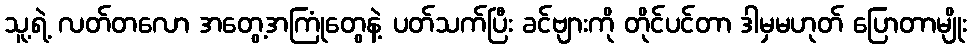
သူ့ရဲ့ လတ်တလော အတွေ့အကြုံတွေနဲ့ ပတ်သက်ပြီး ခင်ဗျားကို တိုင်ပင်တာ ဒါမှမဟုတ် ပြောတာမျိုး